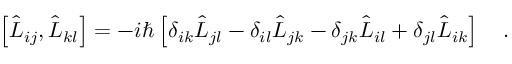
\left[ \hat { L } _ { i j } , \hat { L } _ { k l } \right] = - i \hbar \left[ \delta _ { i k } \hat { L } _ { j l } - \delta _ { i l } \hat { L } _ { j k } - \delta _ { j k } \hat { L } _ { i l } + \delta _ { j l } \hat { L } _ { i k } \right] \ \ \ .